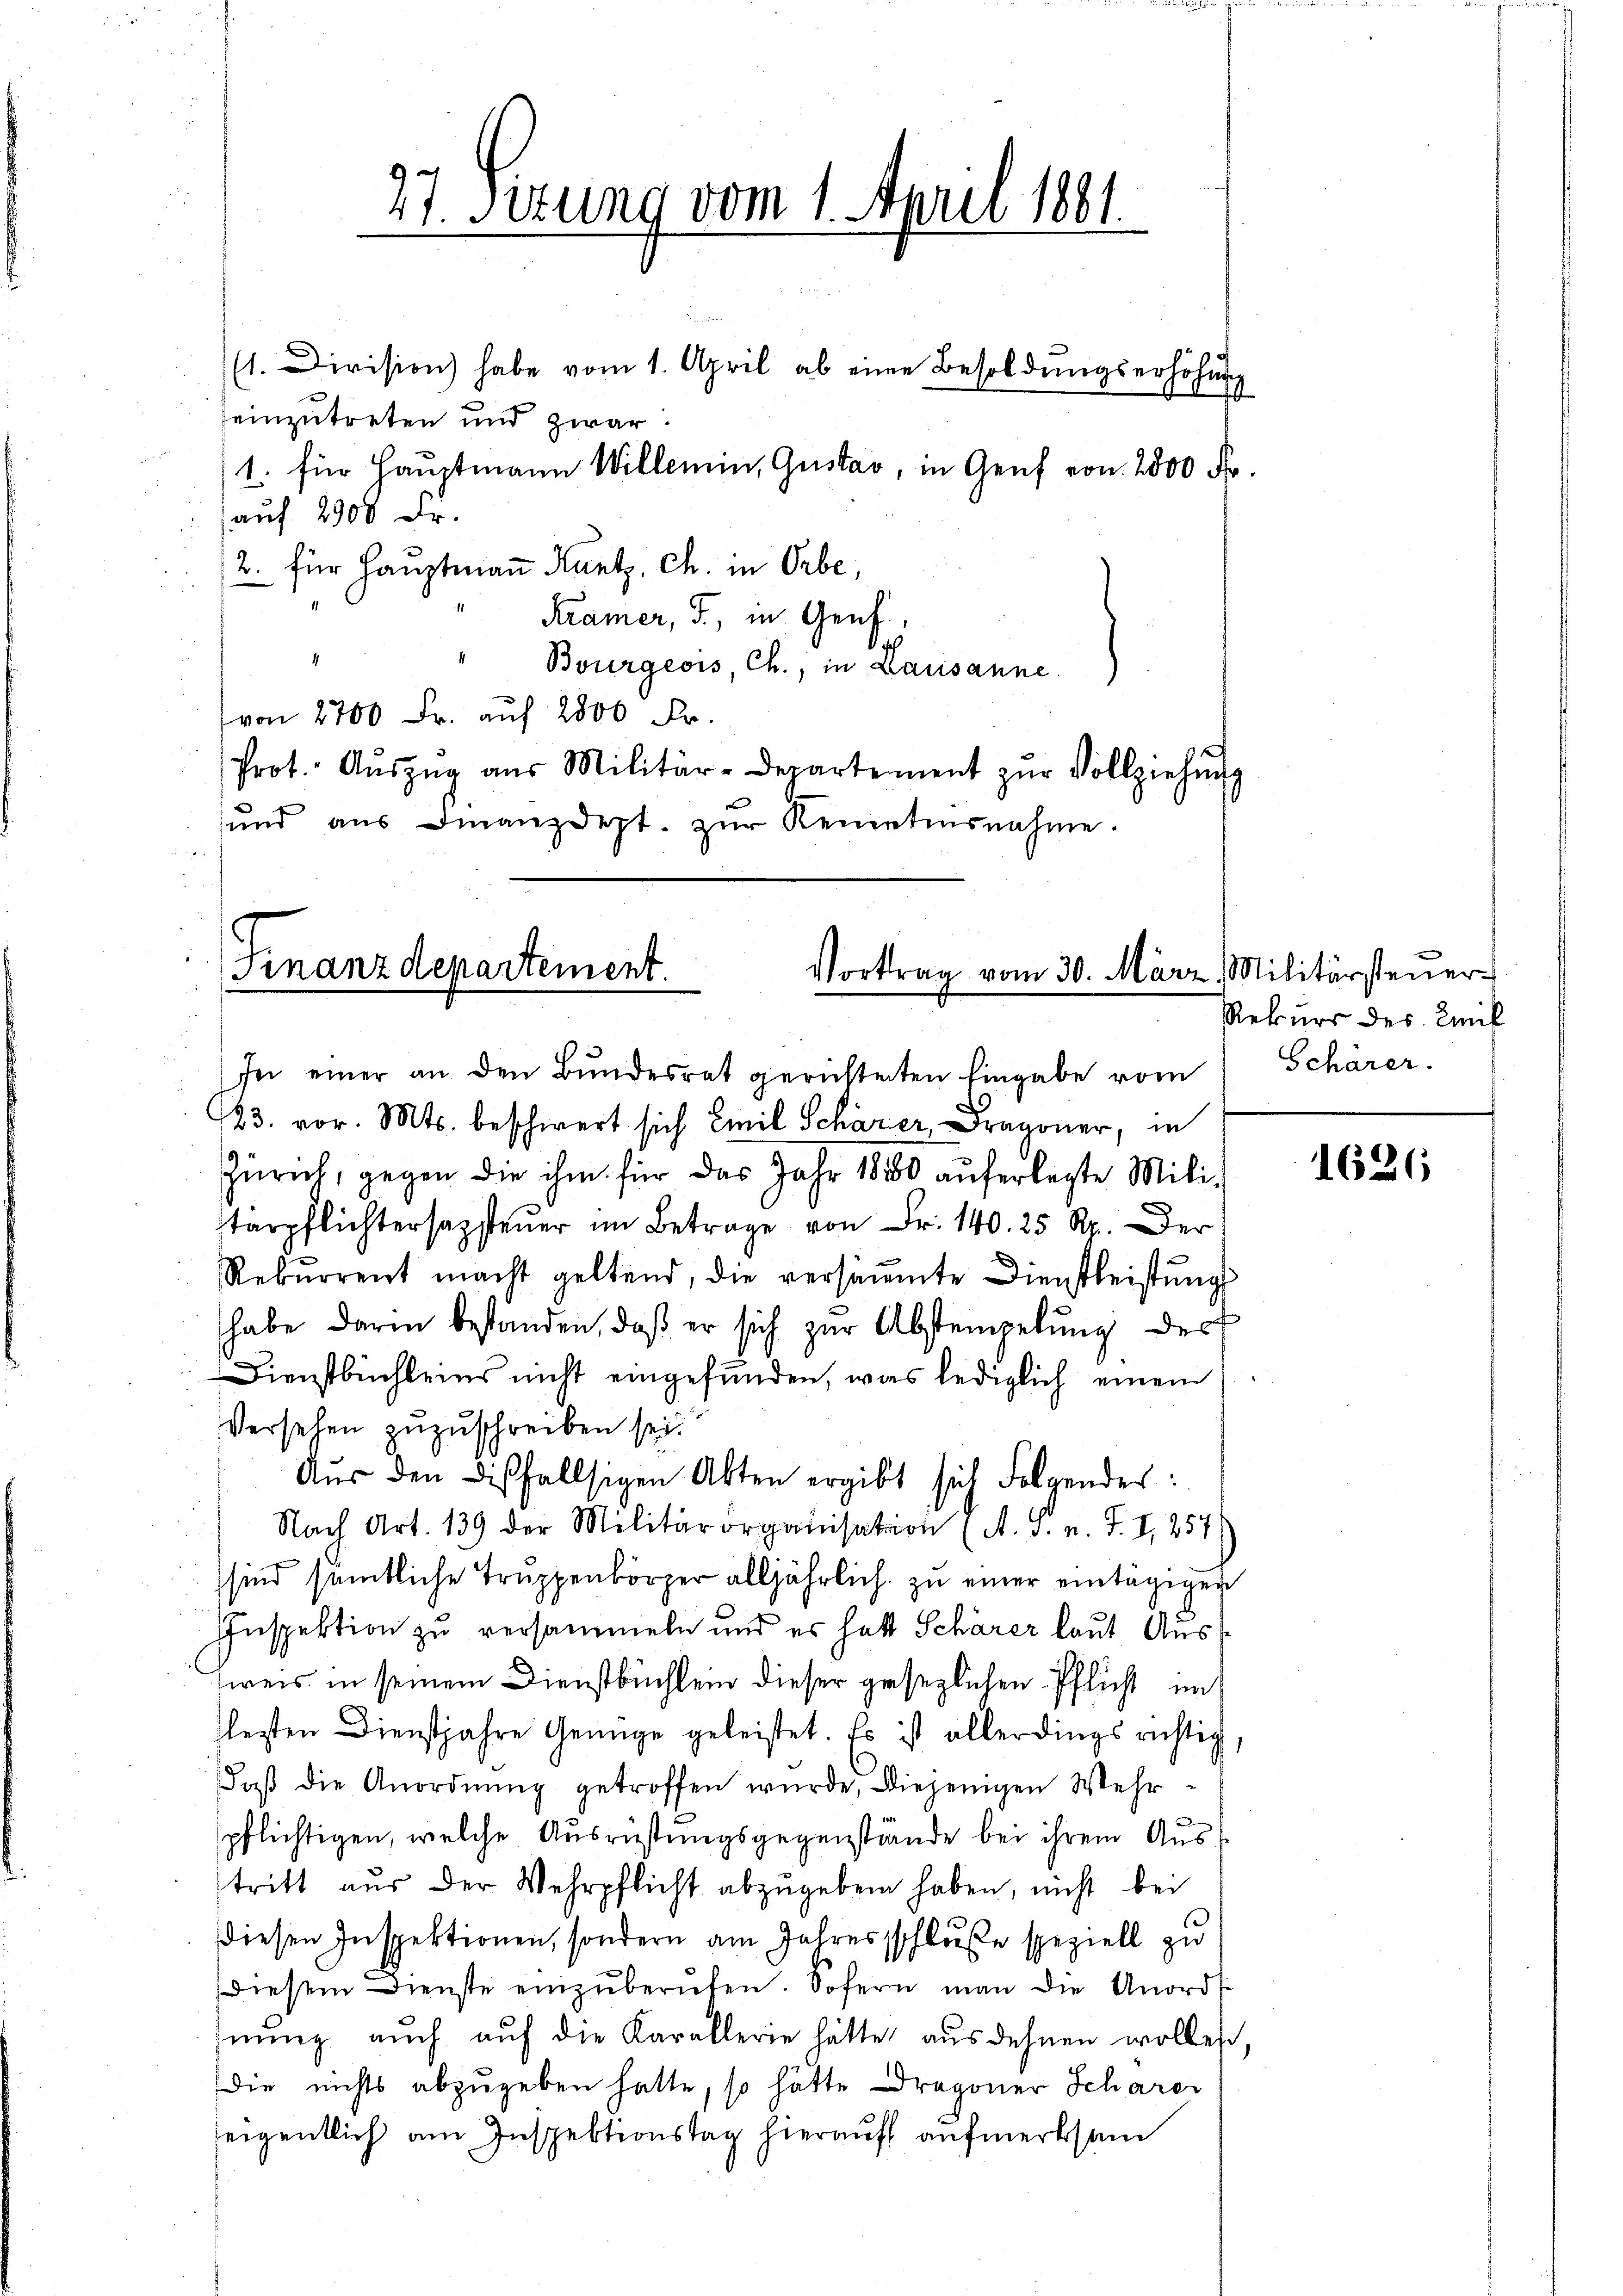
27. Setzung vom 1. April 1881.

(1. Division) habe vom 1. April ab eine Besoldungserhöhung
einzutreten und zwar
1. für Hauptmann Willemin, Gustav, in Genf von 2800 Fr.
auf 2000 Fr.
2. für Hauptmann Kantz, Ch. in Orbe,
Kramer, J., in Genf,
Bourgeois Ch., in Lausanne
von 2700 Fr. auf 2800 Fr.
Prot. Aŭszŭg aŭs Militär-Departement zŭr Vollziehŭng
und aus Finanzdept. zŭr Keinetesnahme.

Finanzdepartement.
Vortrag vom 30. März, Militärsteuer
In einer an den Bundesrat gerichteten Eingabe vom

23. vor. Mts. beschwert sich Emil Schärer Dragoner, in
Zürich, gegen die ihm für das Jahr 1880 auferlegte Militärpflichtersagsteŭer im Betrage von Fr. 140. 25 Rp. Der
Rekurrent macht geltend, die versäumte Dienstleistŭng
habe darin bestanden, daβ er sich zŭr Abstempelŭng der
Dienstbüchleins nicht eingefunden, was lediglich einem
Versehen zuzuschreiben sei.
Aŭs den dißfallsigen Akten ergibt sich Folgendes:
Nach Art. 139 der Militärorganisation (A. S. n. F. I 257
sind sämtliche Truppenkörper alljährlich zu einer eintägigen
Inspektion zu versammeln und es hatt Schärer laut Ausweis in seinem Dienstbüchlein dieser gesezlichen Pflicht im
lesten Dienstjahre Genüge geleistet. Es ist allerdings richtig,
Faβ die Anordnŭng getroffen würde, diejenigen Mehr-
pflichtigen, welche Ausrüstungsgegenstände bei ihrem Austritt aŭs der Wehrpflicht abzŭgeben haben, nicht bei
diesen Inspektionen, sondern am Jahresschluße speziell zu
diesem Dienste einzŭberŭfen. Sofern man die Anords-
nŭng aŭch aŭf die Karallerie hätte ausdehnen wollen,
die nichts abzugeben hatte, so hätte Dragoner Scharer
seigentlich am Inspektionstag hierauf aufmerksam

Rekurs des Emil
Scharer.

1626